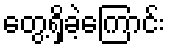
တွေ့ရှိခဲ့ကြောင်း